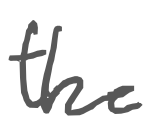
Text: the
Cross-out: clean
Writing tool: digital_gray